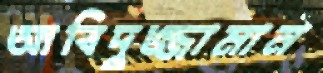
আবিদুজ্জামান